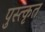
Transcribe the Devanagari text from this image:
पुस्त्कृत